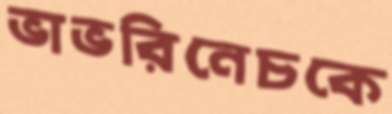
ভাভরিনেচকে